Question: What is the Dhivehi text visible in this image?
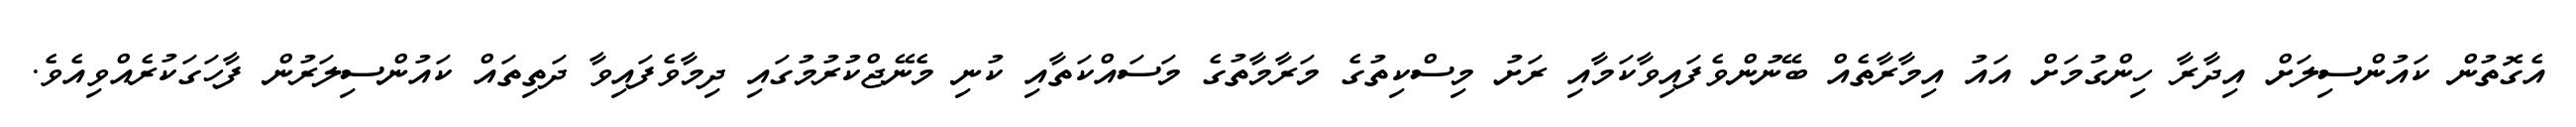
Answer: އެގޮތުން ކައުންސިލަށް އިދާރާ ހިންގުމަށް އައު އިމާރާތެއް ބޭނުންވެފައިވާކަމާއި ރަށު މިސްކިތުގެ މަރާމާތުގެ މަސައްކަތާއި ކުނި މެނޭޖްކުރުމުގައި ދިމާވެފައިވާ ދަތިތައް ކައުންސިލަރުން ފާހަގަކުރެއްވިއެވެ.